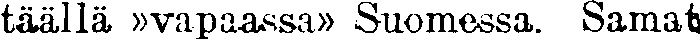
täällä »vapaassa» Suomessa. Samat